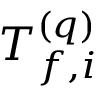
T _ { f , i } ^ { ( q ) }